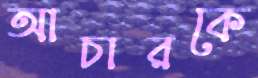
আচারকে